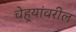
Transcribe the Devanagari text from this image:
चेहर्‍यांवरील